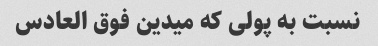
نسبت به پولی که میدین فوق العادس